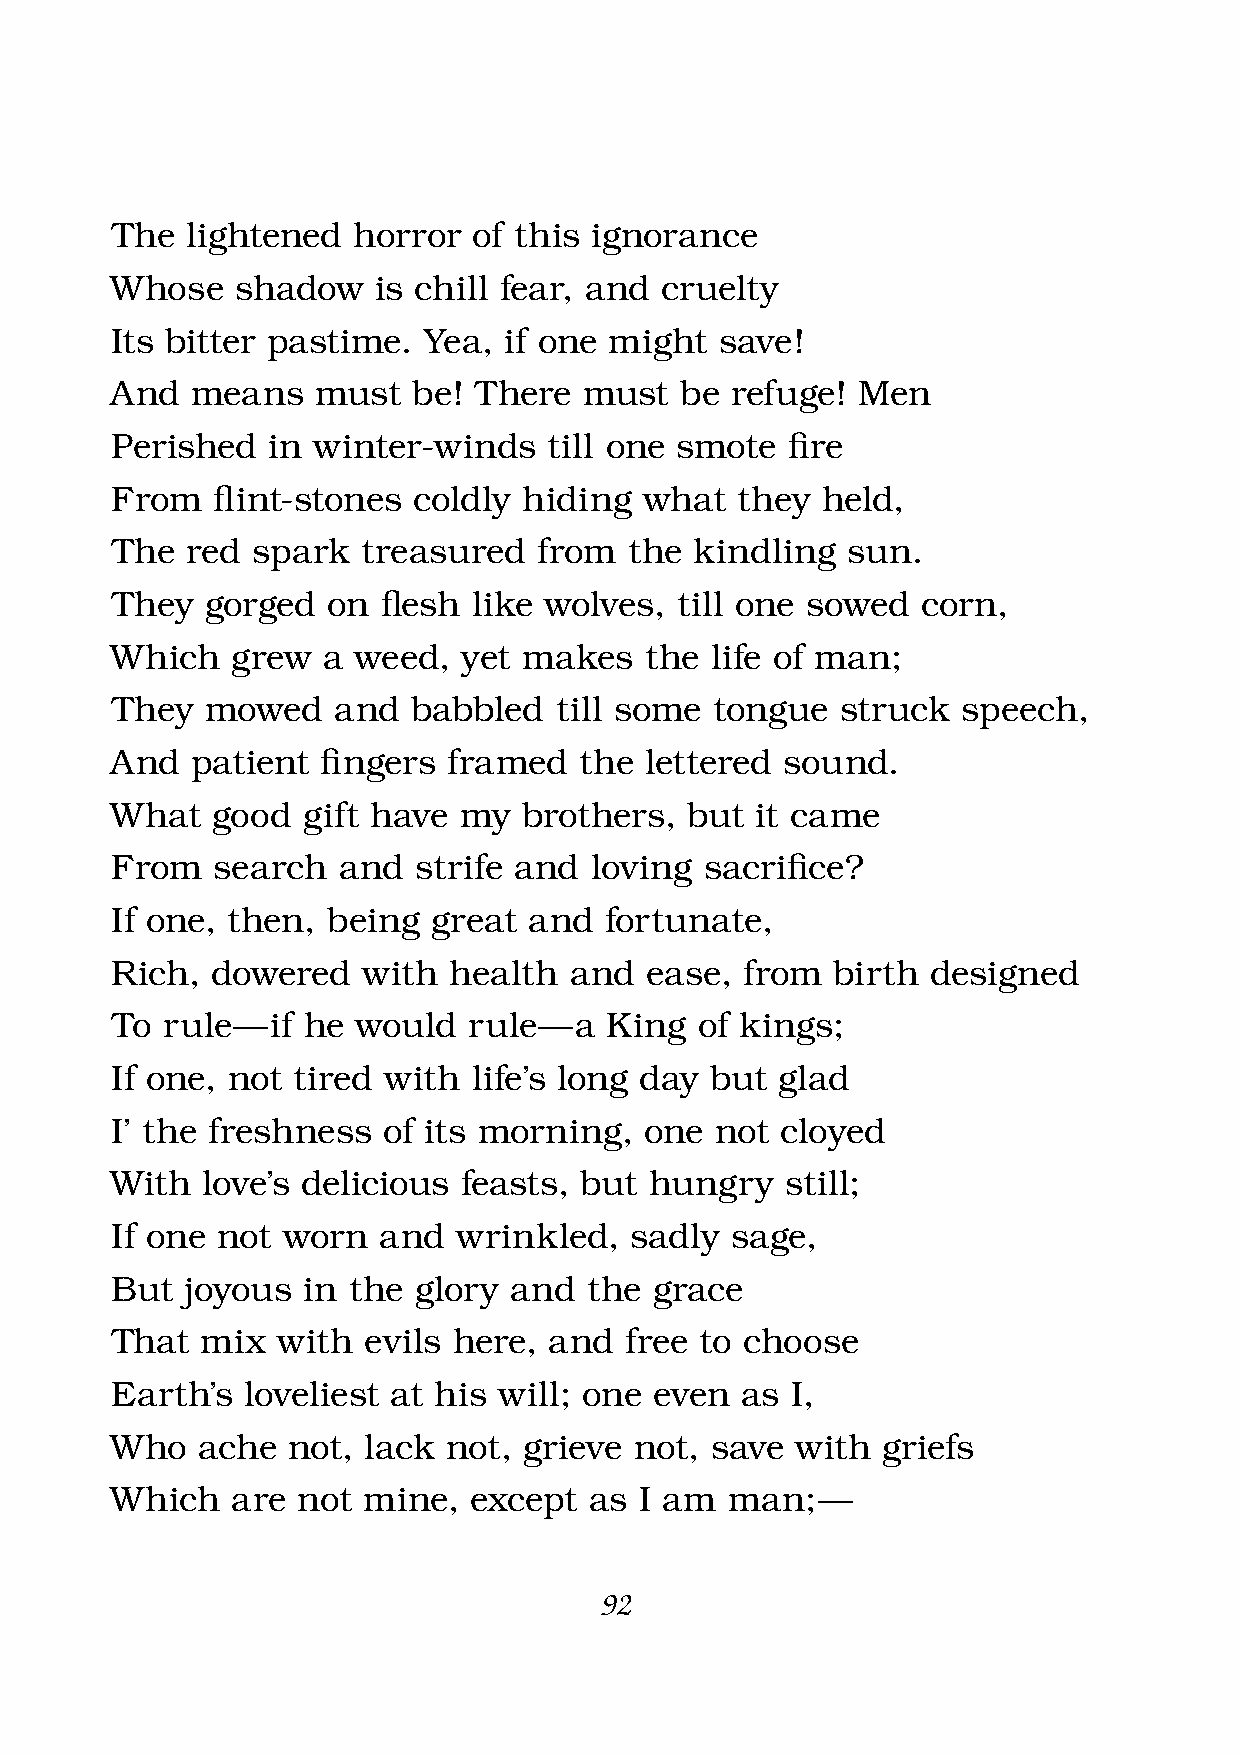
The  lightened  horror  of this ignorance
 Whose    shadow   is chill fear, and cruelty
 Its bitter pastime.  Yea, if one might   save!
 And   means   must  be! There   must  be refuge!  Men
 Perished   in winter-winds   till one smote  fi re
 From   fl int-stones coldly hiding  what  they held,
 The  red  spark  treasured   from  the kindling  sun.
 They   gorged  on fl esh like wolves, till one sowed  corn,
 Which   grew  a weed,   yet makes   the life of man;
 They   mowed   and  babbled   till some tongue   struck  speech,
 And   patient fi ngers framed  the  lettered sound.
 What   good  gift have my   brothers,  but it came
 From   search  and  strife and  loving  sacrifi ce?
 If one, then,  being  great and  fortunate,
 Rich,  dowered   with  health  and  ease, from  birth  designed
 To  rule — if he would  rule — a King  of kings;
 If one, not tired with  life’s long day but  glad
 I’ the freshness  of its morning,   one not  cloyed
 With  love’s delicious feasts, but  hungry   still;
 If one not  worn  and  wrinkled,   sadly sage,
 But  joyous  in the glory  and  the grace
 That  mix  with  evils here, and  free to choose
 Earth’s  loveliest at his will; one even  as I,
 Who   ache  not, lack  not, grieve not, save  with griefs
 Which   are  not mine,  except  as I am  man;  —
 92